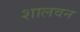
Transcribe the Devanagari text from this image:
शालवन